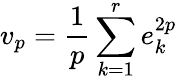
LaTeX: v_{p}=\frac{1}{p}\sum_{k=1}^{r}e_{k}^{2p}